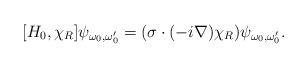
LaTeX: \begin{align*} [H_0,\chi_R]\psi_{\omega_0,\omega'_0}=(\sigma\cdot(-i\nabla)\chi_R)\psi_{\omega_0,\omega'_0}.\end{align*}